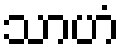
သာဟံ